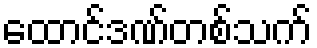
ထောင်ဒဏ်တစ်သက်